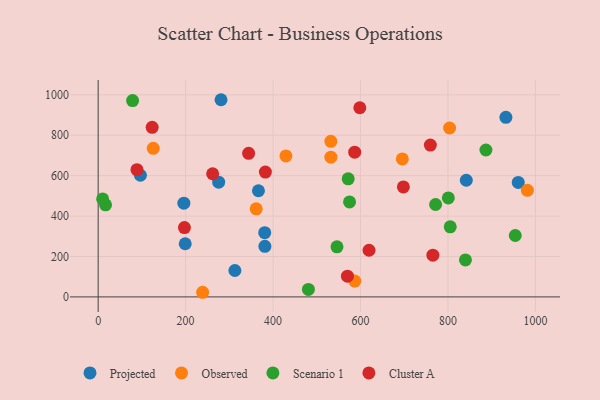
{"axis": {"x": "Price", "y": "Sales"}, "legend": ["Cluster A", "Observed", "Projected", "Scenario 1"], "data": [{"x": "312.7", "y": 130.7, "type": "Projected"}, {"x": "960.7", "y": 566.5, "type": "Projected"}, {"x": "366.6", "y": 525.2, "type": "Projected"}, {"x": "932.5", "y": 888.5, "type": "Projected"}, {"x": "841.9", "y": 577.3, "type": "Projected"}, {"x": "381.3", "y": 250.4, "type": "Projected"}, {"x": "380.9", "y": 317.8, "type": "Projected"}, {"x": "275.6", "y": 567.5, "type": "Projected"}, {"x": "281.0", "y": 975.7, "type": "Projected"}, {"x": "96.6", "y": 601.9, "type": "Projected"}, {"x": "196.0", "y": 463.9, "type": "Projected"}, {"x": "199.1", "y": 263.0, "type": "Projected"}, {"x": "695.6", "y": 682.8, "type": "Observed"}, {"x": "981.6", "y": 527.5, "type": "Observed"}, {"x": "238.9", "y": 22.9, "type": "Observed"}, {"x": "532.1", "y": 769.9, "type": "Observed"}, {"x": "429.4", "y": 697.8, "type": "Observed"}, {"x": "126.0", "y": 735.2, "type": "Observed"}, {"x": "803.7", "y": 835.8, "type": "Observed"}, {"x": "532.2", "y": 691.6, "type": "Observed"}, {"x": "361.4", "y": 436.0, "type": "Observed"}, {"x": "586.9", "y": 78.2, "type": "Observed"}, {"x": "800.8", "y": 489.7, "type": "Scenario 1"}, {"x": "953.9", "y": 303.8, "type": "Scenario 1"}, {"x": "571.8", "y": 584.2, "type": "Scenario 1"}, {"x": "771.7", "y": 457.2, "type": "Scenario 1"}, {"x": "574.9", "y": 470.2, "type": "Scenario 1"}, {"x": "546.2", "y": 248.0, "type": "Scenario 1"}, {"x": "16.9", "y": 455.4, "type": "Scenario 1"}, {"x": "840.0", "y": 182.9, "type": "Scenario 1"}, {"x": "805.2", "y": 346.8, "type": "Scenario 1"}, {"x": "480.8", "y": 37.2, "type": "Scenario 1"}, {"x": "886.8", "y": 726.8, "type": "Scenario 1"}, {"x": "10.2", "y": 484.6, "type": "Scenario 1"}, {"x": "78.7", "y": 971.7, "type": "Scenario 1"}, {"x": "698.0", "y": 544.3, "type": "Cluster A"}, {"x": "382.4", "y": 617.9, "type": "Cluster A"}, {"x": "759.7", "y": 751.3, "type": "Cluster A"}, {"x": "261.8", "y": 609.4, "type": "Cluster A"}, {"x": "586.7", "y": 716.1, "type": "Cluster A"}, {"x": "765.5", "y": 206.6, "type": "Cluster A"}, {"x": "570.1", "y": 102.7, "type": "Cluster A"}, {"x": "344.1", "y": 710.5, "type": "Cluster A"}, {"x": "619.5", "y": 230.8, "type": "Cluster A"}, {"x": "123.5", "y": 839.1, "type": "Cluster A"}, {"x": "598.4", "y": 935.9, "type": "Cluster A"}, {"x": "197.3", "y": 343.2, "type": "Cluster A"}, {"x": "88.7", "y": 629.4, "type": "Cluster A"}]}